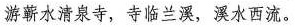
游蕲水清泉寺，寺临兰溪，溪水西流。